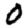
Digit: 0